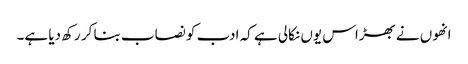
انھوں نے بھڑاس یوں نکالی ہے کہ ادب کو نصاب بنا کر رکھ دیا ہے۔